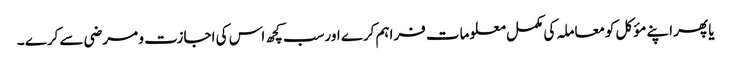
 یا پھر اپنے مؤکل کومعاملہ کی مکمل معلومات فراہم کرے اورسب کچھ اس کی اجازت و مرضی سے کرے ۔